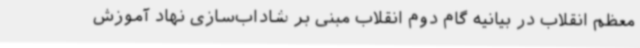
معظم انقلاب در بیانیه گام دوم انقلاب مبنی بر شاداب‌سازی نهاد آموزش